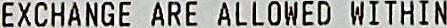
EXCHANGE ARE ALLOWED WITHIN